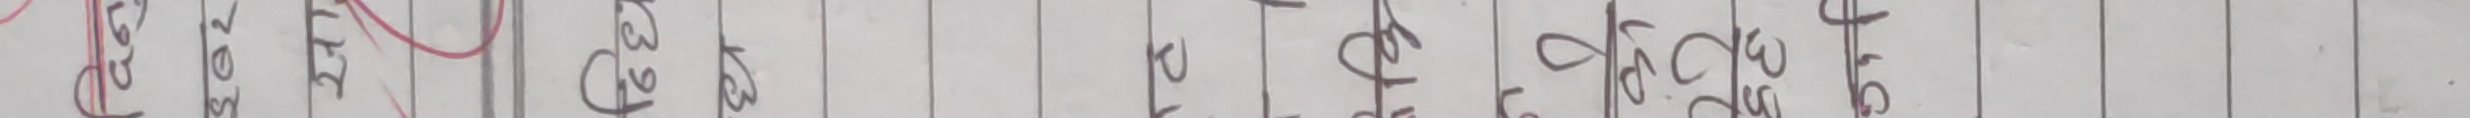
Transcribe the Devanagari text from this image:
९८ २५ ८ ३९५ ५३ २ ८७५ ९० ८३ ८६ ८५ ९२१ ८० ४ ९७९ ४ ३ ५ ३८ २१ ९० ९४५ ८४० ८०